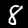
Digit: 8